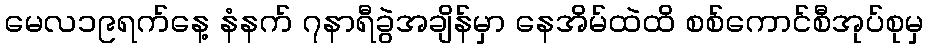
မေလ၁၉ရက်နေ့ နံနက် ၇နာရီခွဲအချိန်မှာ နေအိမ်ထဲထိ စစ်ကောင်စီအုပ်စုမှ